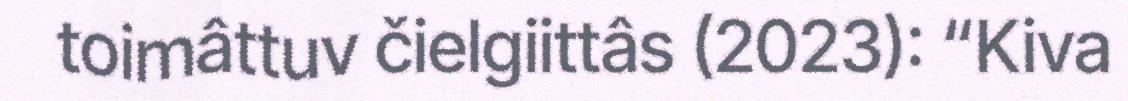
toimâttuv čielgiittâs (2023): “Kiva